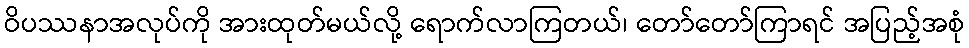
ဝိပဿနာအလုပ်ကို အားထုတ်မယ်လို့ ရောက်လာကြတယ်၊ တော်တော်ကြာရင် အပြည့်အစုံ